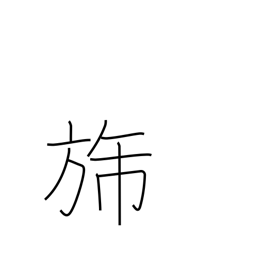
Meaning: flag